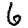
Digit: 6